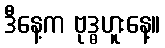
ဒီနေ့က ဗုဒ္ဓဟူးနေ့။